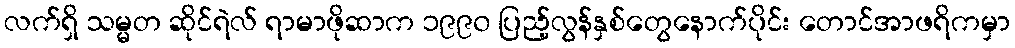
လက်ရှိ သမ္မတ ဆိုင်ရဲလ် ရာမာဖိုဆာက ၁၉၉၀ ပြည့်လွန်နှစ်တွေနောက်ပိုင်း တောင်အာဖရိကမှာ